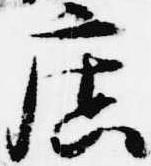
広